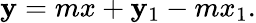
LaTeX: \mathbf{y}=mx+\mathbf{y}_{1}-mx_{1}.